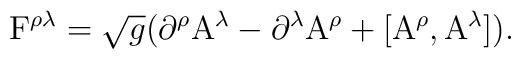
{\rm F}^{\rho \lambda}=\sqrt{g}\big({\rm \partial^\rho A^\lambda - \partial^\lambda A^\rho+[A^\rho, A^\lambda] \big)}.